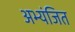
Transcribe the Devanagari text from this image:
अभ्यंजित